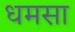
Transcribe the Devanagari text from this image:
धमसा